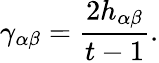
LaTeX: \gamma_{\alpha\beta}=\frac{2h_{\alpha\beta}}{t-1}.